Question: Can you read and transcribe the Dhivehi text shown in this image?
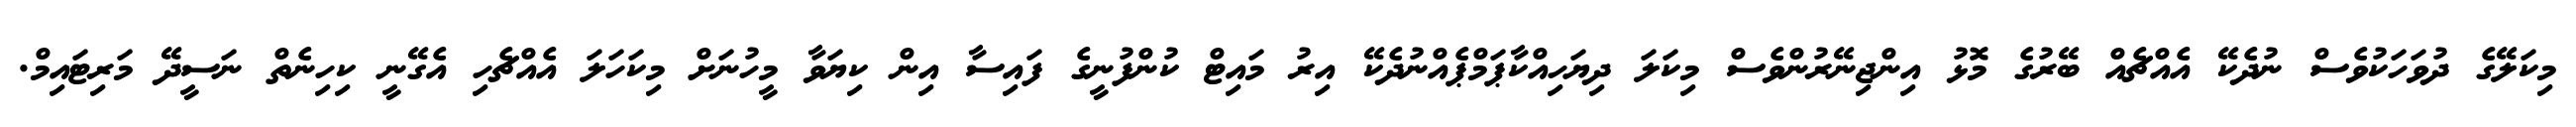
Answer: މިކަލޭގެ ދުވަހަކުވެސް ނުދެކޭ އެއްޗެއް ބޭރުގެ މޮޅު އިންޖިނޭރުންވެސް މިކަލަ ދިޔަހިއްކާޕަމްޕެއްނުދެކޭ އިރު މައިޓް ކުންފުނީގެ ފައިސާ އިން ކިޔަވާ މީހުނަށް މިކަހަލަ އެއްޗެހި އެގޭނީ ކިހިނެތް ނަސީދޭ މަރިޓައިމް.